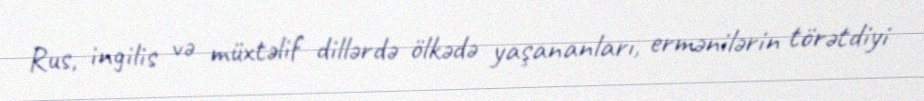
Rus, ingilis və müxtəlif dillərdə ölkədə yaşananları, ermənilərin törətdiyi